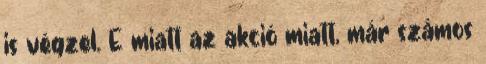
is végzel. E miatt az akció miatt, már számos